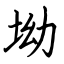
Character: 坳